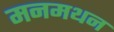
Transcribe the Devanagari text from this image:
मनमथन